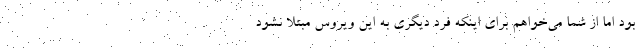
بود اما از شما می‌خواهم برای اینکه فرد دیگری به این ویروس مبتلا نشود